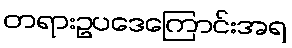
တရားဥပဒေကြောင်းအရ